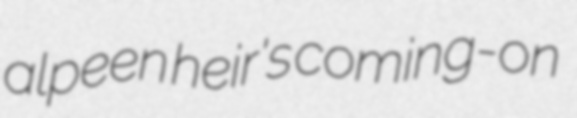
alpeen heir's coming-on